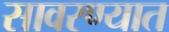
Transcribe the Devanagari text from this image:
सावरण्यात